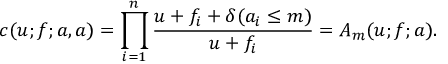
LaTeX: c ( u ; f ; a , a ) = \prod _ { i = 1 } ^ { n } \frac { u + f _ { i } + \delta ( a _ { i } \leq m ) } { u + f _ { i } } = A _ { m } ( u ; f ; a ) .